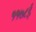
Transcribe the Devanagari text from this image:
११७८ई